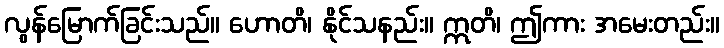
လွန်မြောက်ခြင်းသည်။ ဟောတိ၊ နိုင်သနည်း။ ဣတိ၊ ဤကား အမေးတည်း။